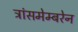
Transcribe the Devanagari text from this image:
ट्रांसमेम्बरेन